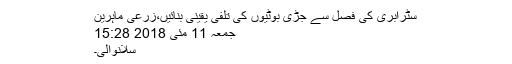
سٹرابری کی فصل سے جڑی بوٹیوں کی تلفی یقینی بنائیں،زرعی ماہرین
جمعہ 11 مئی 2018 15:28
سلانوالی۔